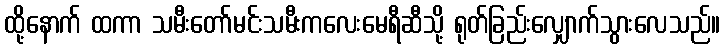
ထို့နောက် ထကာ သမီးတော်မင်းသမီးကလေးမေရီဆီသို့ ရုတ်ခြည်းလျှောက်သွားလေသည်။